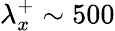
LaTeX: \lambda_{x}^{+}\sim 500